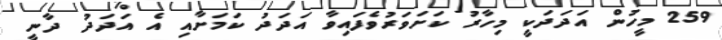
259 މީހުން އަދަދަކީ މިހާރު ކަށަވަރުވެފައިވާ އަދަދު ކަމަށާއި އެ އަދަދު ދާނީ